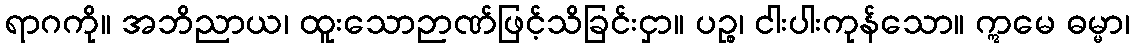
ရာဂကို။ အဘိညာယ၊ ထူးသောဉာဏ်ဖြင့်သိခြင်းငှာ။ ပဉ္စ၊ ငါးပါးကုန်သော။ ဣမေ ဓမ္မာ၊